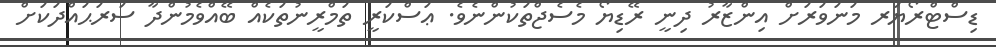
ޑިސްޓްރޯޔަރ މަނަވަރަށް އިންޒާރު ދިނީ ރޭޑިޔޯ މެސެޖްތަކުންނެވެ. ޢަސްކަރީ ތަމްރީނުތަކެއް ބޭއްވެމުންދާ ސަރަޙައްދަކަށް